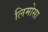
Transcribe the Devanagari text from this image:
लिमोसा